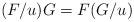
LaTeX: \begin{align*}(F/u) G = F ( G/u)\end{align*}